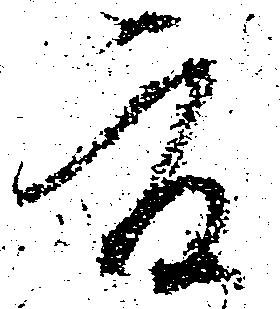
夏